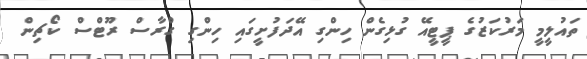
ތައުލީމީ މަރުކަޒުގެ ޕީޓީއޭ ގުޅިގެން ހިންގި އޭދަފުށީގައި ހިންގި ގްރާސް ރޫޓްސް ކޯޗިން